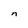
Character: n